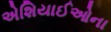
એશિયાઈઓના